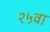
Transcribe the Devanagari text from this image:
२५वां